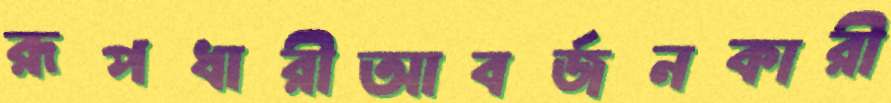
রূপধারীআবর্জনকারী